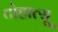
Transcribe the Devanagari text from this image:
तोहात्सू